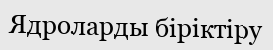
Ядроларды біріктіру